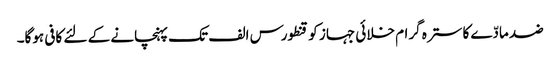
ضد مادّے کا سترہ گرام خلائی جہاز کو قنطورس الف تک پہنچانے کے لئے کافی ہوگا۔